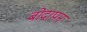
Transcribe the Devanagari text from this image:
बोदापन